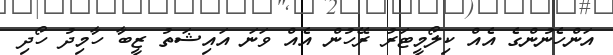
އަންހެނުންގެ އެއް ކިލޯމީޓަރު ރޭހުން އެއް ވަނަ އައިޝަތު ޒީބާ ހާމިދު ހޯދި